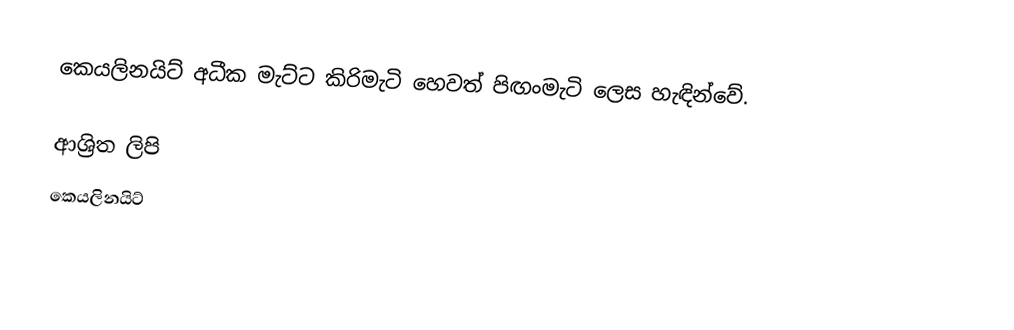
කෙයලිනයිට් අධීක මැට්ට කිරිමැටි හෙවත් පිඟංමැටි ලෙස හැඳින්වේ.

ආශ්‍රිත ලිපි
 කෙයලිනයිට්